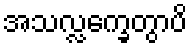
အသလ္လက္ခေတွာပိ